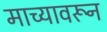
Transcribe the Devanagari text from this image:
माच्यावरून